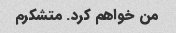
من خواهم کرد. متشکرم